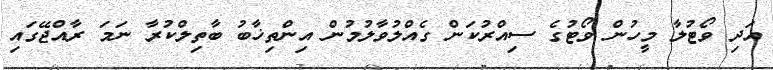
އަދި ވޯޓުލާ މީހުން ވޯޓުގެ ސިއްރުކަން ގެއްލުވާލުމުން އިންތިޚާބު ބާތިލްކުރާ ނަމަ ރާއްޖޭގައި